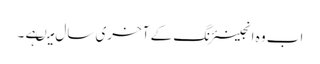
اب وہ انجینئرنگ کے آخری سال میںہے ۔